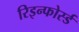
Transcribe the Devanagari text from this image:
रिइन्फोर्स्ड